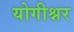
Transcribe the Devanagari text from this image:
योगीश्नर